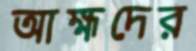
আহ্মদের